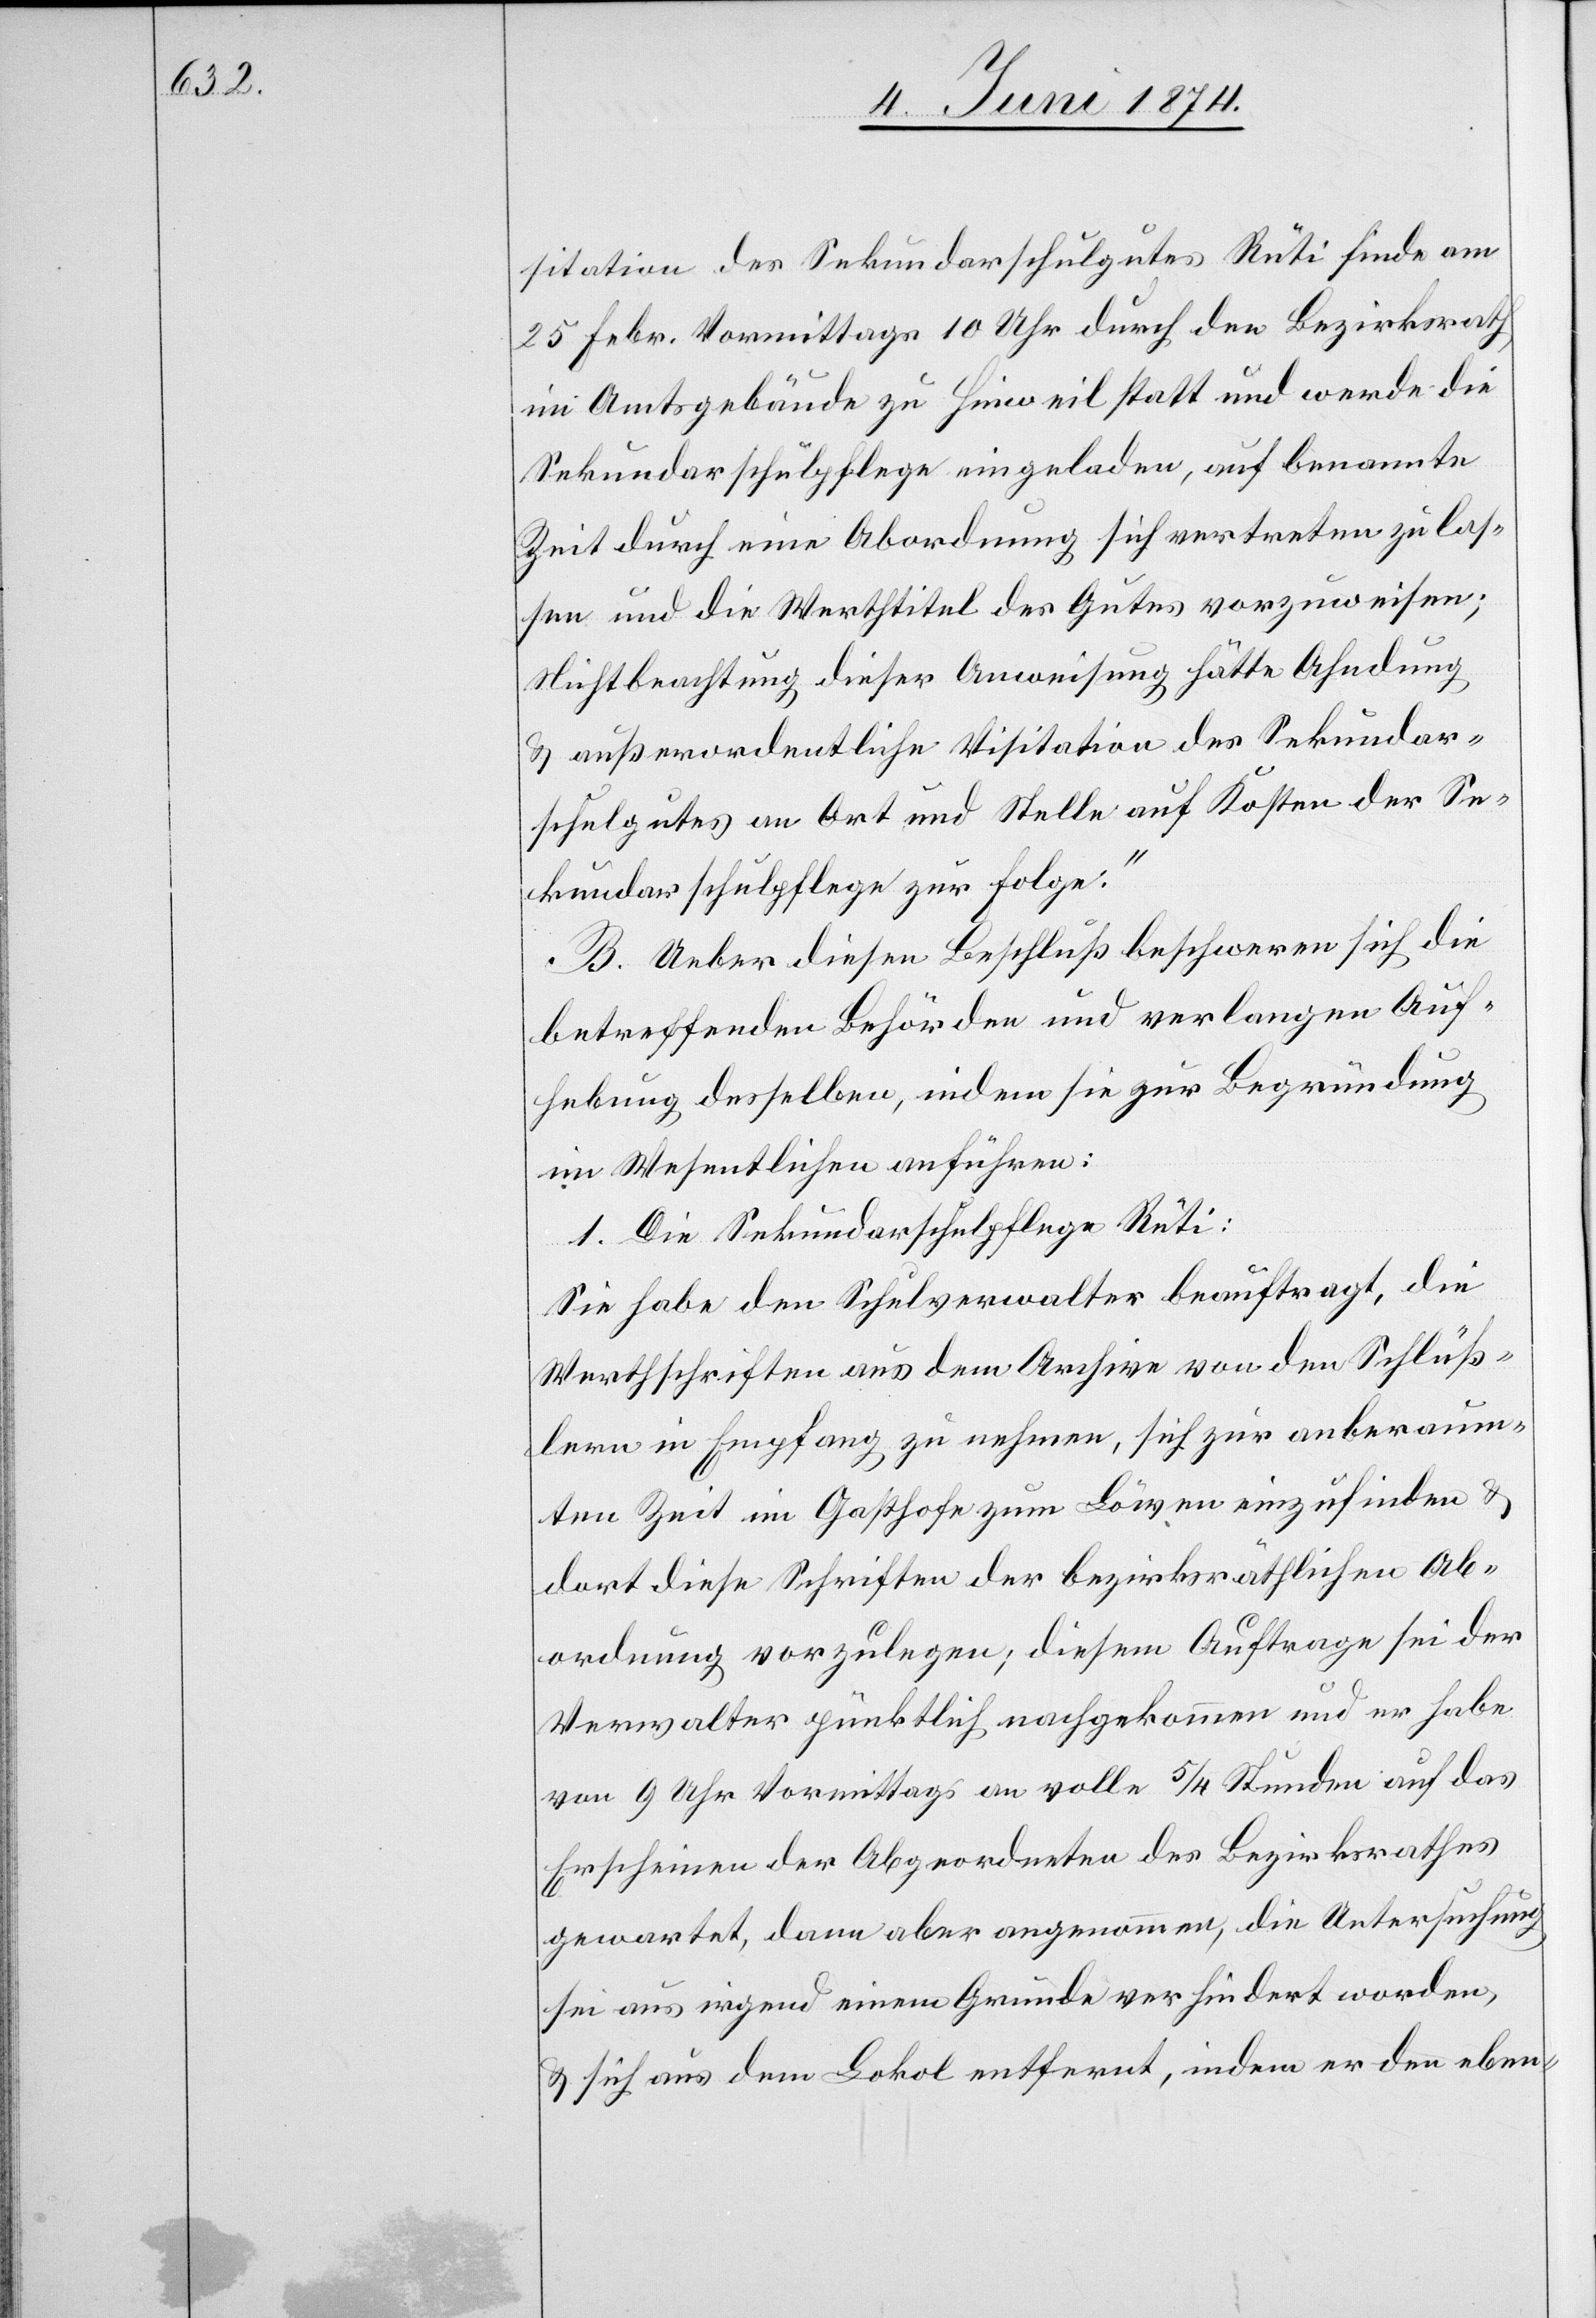
sitation des Sekundarschulgutes Rüti finde am
25. Febr. Vormittags 10 Uhr durch den Bezirksrath
im Amtsgebäude zu Hinweil statt und werde die
Sekundarschulpflege eingeladen, auf benannte
Zeit durch eine Abordnung sich vertreten zu las¬
sen und die Werthtitel des Gutes vorzuweisen;
Nichtbeachtung dieser Anweisung hätte Ahndung
u. außerordentliche Visitation des Sekundar¬
schulgutes an Ort und Stelle auf Kosten der Se¬
kundarschulpflege zur Folge.“
B. Ueber diesen Beschluß beschweren sich die
betreffenden Behörden und verlangen Auf¬
hebung desselben, indem sie zur Begründung
im Wesentlichen anführen:
1. Die Sekundarschulpflege Rüti:
Sie habe den Schulverwalter beauftragt, die
Werthschriften aus dem Archive von den Schlüß¬
lern in Empfang zu nehmen, sich zur anberaum¬
ten Zeit im Gasthofe zum Löwen einzufinden u.
dort diese Schriften der bezirksräthlichen Ab¬
ordnung vorzulegen; diesem Auftrage sei der
Verwalter pünktlich nachgekommen und er habe
von 9 Uhr Vormittags an volle 5/4 Stunden auf das
Erscheinen der Abgeordneten des Bezirksrathes
gewartet, dann aber angenommen, die Untersuchung
sei aus irgend einem Grunde verhindert worden,
u. sich aus dem Lokal entfernt, indem er den eben-